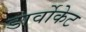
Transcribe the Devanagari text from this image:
डार्वोकेट